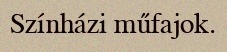
Színházi műfajok.